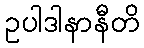
ဥပါဒါနာနီတိ